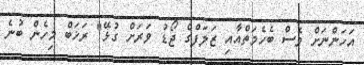
އަހަންނަށް ވެސް ބެހެމަތްއާއި ޒަލަފްގެ ޖޯޑު ވަރަށް ގުޅޭ" ރަޚަބް މިހެން ބުނެ